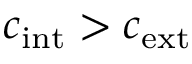
c _ { \mathrm { i n t } } > c _ { \mathrm { e x t } }